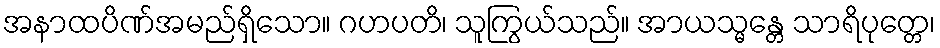
အနာထပိဏ်အမည်ရှိသော။ ဂဟပတိ၊ သူကြွယ်သည်။ အာယသ္မန္တေ သာရိပုတ္တေ၊